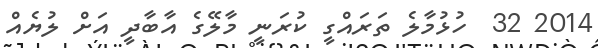
2014 32  ހުޅުމާލެ ތަރައްގީ ކުރަނީ މާލޭގެ އާބާދީ އަށް ލުޔެއް